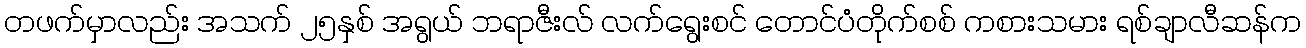
တဖက်မှာလည်း အသက် ၂၅နှစ် အရွယ် ဘရာဇီးလ် လက်ရွေးစင် တောင်ပံတိုက်စစ် ကစားသမား ရစ်ချာလီဆန်က